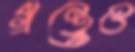
গ্রন্থেও